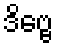
ဒိဗ္ဗေ